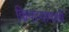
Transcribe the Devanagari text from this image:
किनाऱ्यापाशी